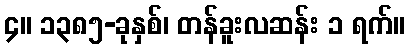
၄။ ၁၃၈၅-ခုနှစ်၊ တန်ခူးလဆန်း ၁ ရက်။